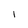
Character: I